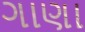
ગાણા